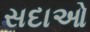
સદાઓ